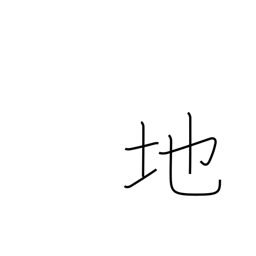
Meaning: ground